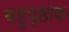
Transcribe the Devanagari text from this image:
बहुपृष्ठांक